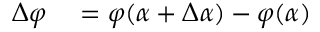
\begin{array} { r l } { \Delta \varphi } & { { } = \varphi ( \alpha + \Delta \alpha ) - \varphi ( \alpha ) } \end{array}